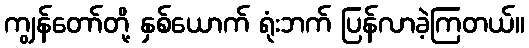
ကျွန်တော်တို့ နှစ်ယောက် ရုံးဘက် ပြန်လာခဲ့ကြတယ်။